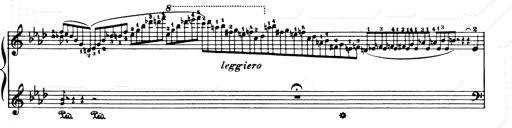
Title: Consolations and LiebestrÃ¤ume for the Piano
Composer: Franz Liszt